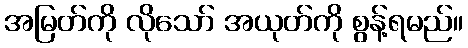
အမြတ်ကို လိုသော် အယုတ်ကို စွန့်ရမည်။